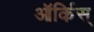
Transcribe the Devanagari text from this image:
ऑर्किस्